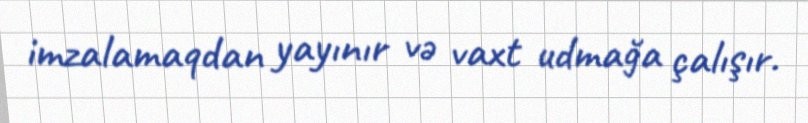
imzalamaqdan yayınır və vaxt udmağa çalışır.